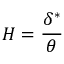
H = { \frac { \delta ^ { * } } { \theta } }